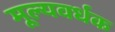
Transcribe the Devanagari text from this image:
मूल्यवर्धक